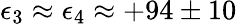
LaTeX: \epsilon_{\mathrm{3}}\approx\epsilon_{\mathrm{4}}\approx+94\pm 10